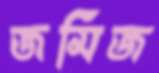
জমিজ